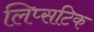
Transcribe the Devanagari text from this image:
लिप्सटिक